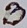
Text: B